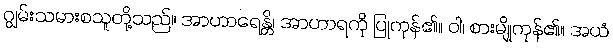
ဂျွမ်းသမားစသူတို့သည်။ အာဟာရေန္တိ၊ အာဟာရကို ပြုကုန်၏။ ဝါ၊ စားမျိုကုန်၏။ အယံ